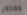
مستقل